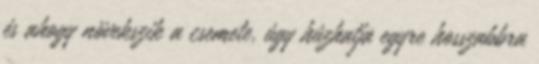
és ahogy növekszik a csemete, úgy húzhatja egyre hosszabbra